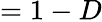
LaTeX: =1-D